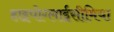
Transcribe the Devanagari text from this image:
हाइपोग्लाईसीमिया